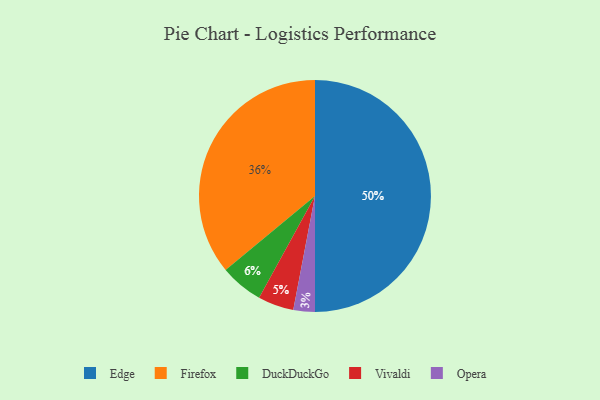
{"axis": {"x": "Category", "y": "Percentage"}, "legend": ["DuckDuckGo", "Edge", "Firefox", "Opera", "Vivaldi"], "data": [{"x": "Opera", "y": 3, "type": "Opera"}, {"x": "Firefox", "y": 36, "type": "Firefox"}, {"x": "DuckDuckGo", "y": 6, "type": "DuckDuckGo"}, {"x": "Edge", "y": 50, "type": "Edge"}, {"x": "Vivaldi", "y": 5, "type": "Vivaldi"}]}